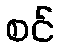
စင်